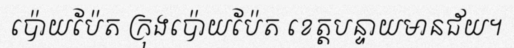
ប៉ោយប៉ែត ក្រុងប៉ោយប៉ែត ខេត្តបន្ទាយមានជ័យ។